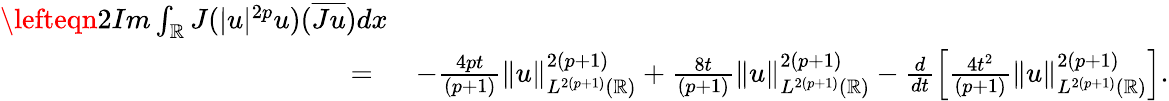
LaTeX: \begin{array}{rl}{\lefteqn{2Im\int_{\mathbb{R}}J(|u|^{2p}u)(\overline{{Ju}})dx}}\\ {=\ }&{-\frac{4pt}{(p+1)}\| u\| _{L^{2(p+1)}(\mathbb{R})}^{2(p+1)}+\frac{8t}{(p+1)}\| u\| _{L^{2(p+1)}(\mathbb{R})}^{2(p+1)}-\frac{d}{dt}\left[\frac{4t^{2}}{(p+1)}\| u\| _{L^{2(p+1)}(\mathbb{R})}^{2(p+1)}\right].}\end{array}